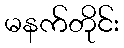
မနက်တိုင်း